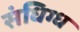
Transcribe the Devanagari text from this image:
संधिग्ध